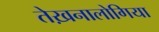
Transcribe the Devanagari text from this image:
तेख़नालोगिया